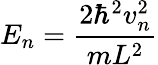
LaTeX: E_{n}={\frac{2\hbar^{2}v_{n}^{2}}{mL^{2}}}